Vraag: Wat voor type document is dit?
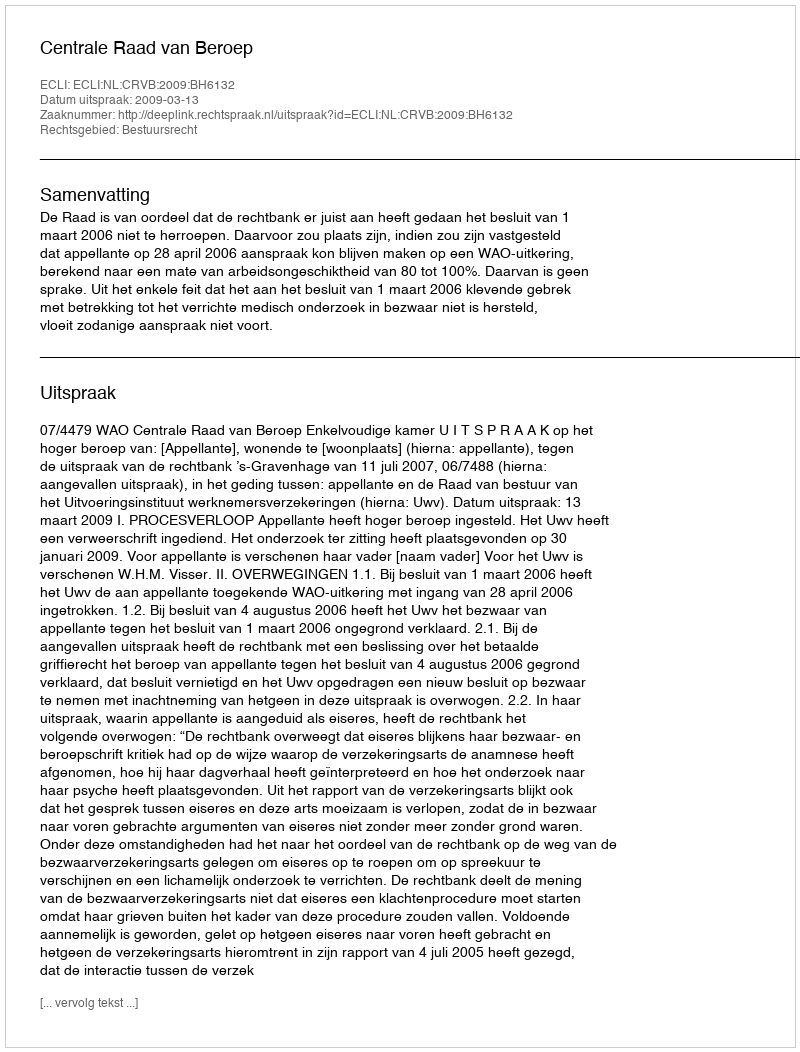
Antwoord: Uitspraak